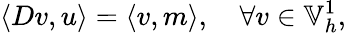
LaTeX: \left\langle Dv,u\right\rangle=\left\langle v,m\right\rangle,\quad\forall v\in\mathbb{V}_{h}^{1},